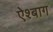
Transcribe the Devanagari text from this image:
ऐश्बाग